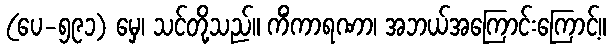
(ပေ-၅၉၁) မှေ၊ သင်တို့သည်။ ကိံကာရဏာ၊ အဘယ်အကြောင်းကြောင့်။